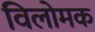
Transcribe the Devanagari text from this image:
विलोमक